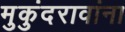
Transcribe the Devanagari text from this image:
मुकुंदरावांना